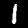
Label: 1